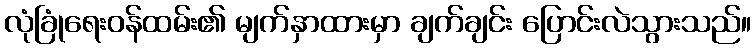
လုံခြုံရေးဝန်ထမ်း၏ မျက်နှာထားမှာ ချက်ချင်း ပြောင်းလဲသွားသည်။